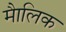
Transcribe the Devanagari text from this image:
माैलिक